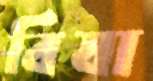
বিষা